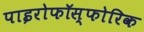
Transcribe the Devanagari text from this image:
पाइरोफॉस्फोरिक